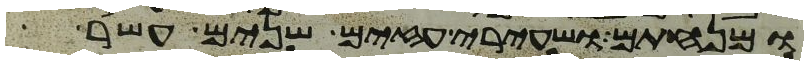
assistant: ומנחתם ושעירי עזים שנים עשר